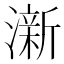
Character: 澵